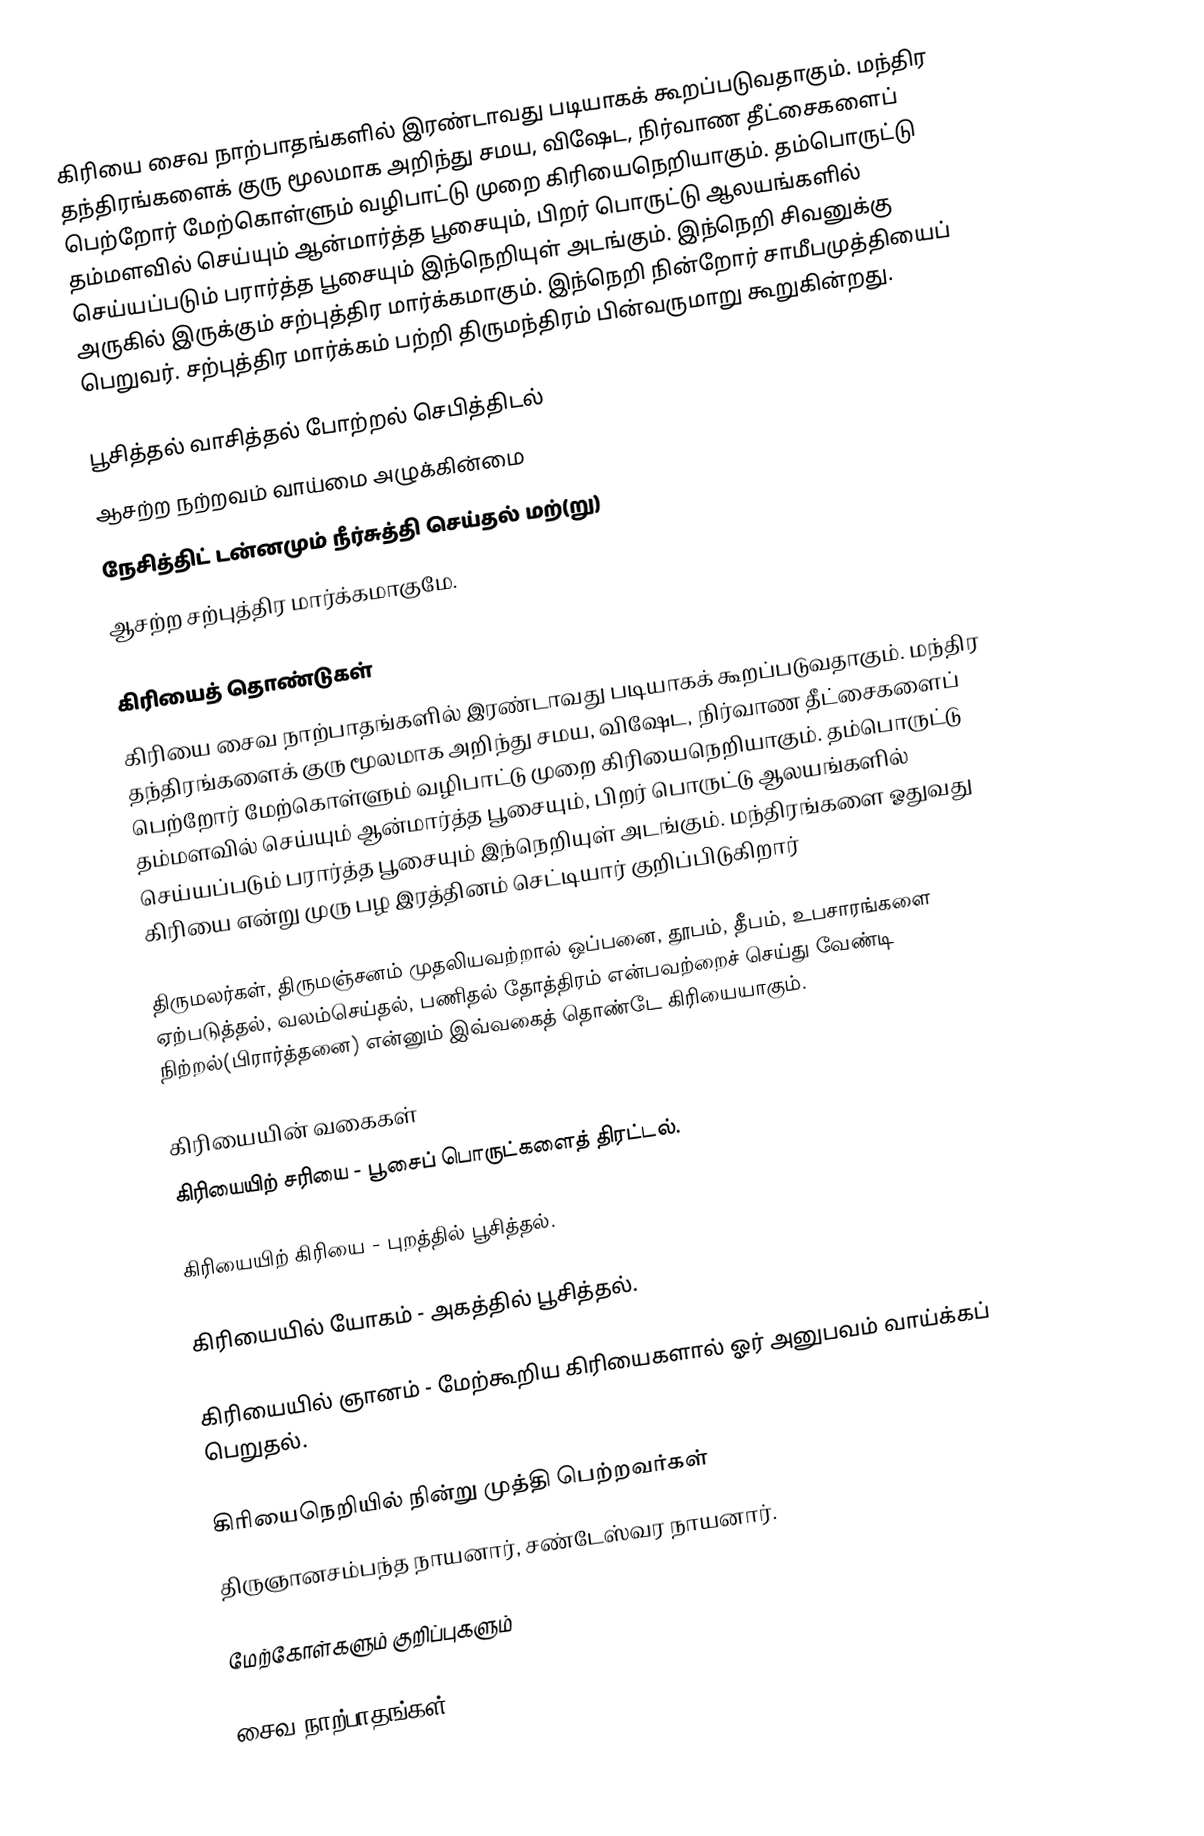
கிரியை சைவ நாற்பாதங்களில் இரண்டாவது படியாகக் கூறப்படுவதாகும். மந்திர தந்திரங்களைக் குரு மூலமாக அறிந்து சமய, விஷேட, நிர்வாண தீட்சைகளைப் பெற்றோர் மேற்கொள்ளும் வழிபாட்டு முறை கிரியைநெறியாகும். தம்பொருட்டு தம்மளவில் செய்யும் ஆன்மார்த்த பூசையும், பிறர் பொருட்டு ஆலயங்களில் செய்யப்படும் பரார்த்த பூசையும் இந்நெறியுள் அடங்கும். இந்நெறி சிவனுக்கு அருகில் இருக்கும் சற்புத்திர மார்க்கமாகும். இந்நெறி நின்றோர் சாமீபமுத்தியைப் பெறுவர். சற்புத்திர மார்க்கம் பற்றி திருமந்திரம் பின்வருமாறு கூறுகின்றது.

 பூசித்தல் வாசித்தல் போற்றல் செபித்திடல்
 ஆசற்ற நற்றவம் வாய்மை அழுக்கின்மை
 நேசித்திட் டன்னமும் நீர்சுத்தி செய்தல் மற்(று)
 ஆசற்ற சற்புத்திர மார்க்கமாகுமே.

கிரியைத் தொண்டுகள்
கிரியை சைவ நாற்பாதங்களில் இரண்டாவது படியாகக் கூறப்படுவதாகும். மந்திர தந்திரங்களைக் குரு மூலமாக அறிந்து சமய, விஷேட, நிர்வாண தீட்சைகளைப் பெற்றோர் மேற்கொள்ளும் வழிபாட்டு முறை கிரியைநெறியாகும். தம்பொருட்டு தம்மளவில் செய்யும் ஆன்மார்த்த பூசையும், பிறர் பொருட்டு ஆலயங்களில் செய்யப்படும் பரார்த்த பூசையும் இந்நெறியுள் அடங்கும். மந்திரங்களை ஓதுவது கிரியை என்று முரு பழ இரத்தினம் செட்டியார் குறிப்பிடுகிறார்

திருமலர்கள், திருமஞ்சனம் முதலியவற்றால் ஒப்பனை, தூபம், தீபம், உபசாரங்களை ஏற்படுத்தல், வலம்செய்தல், பணிதல் தோத்திரம் என்பவற்றைச் செய்து வேண்டி நிற்றல்(பிரார்த்தனை) என்னும் இவ்வகைத் தொண்டே கிரியையாகும்.

கிரியையின் வகைகள்
 கிரியையிற் சரியை - பூசைப் பொருட்களைத் திரட்டல்.

 கிரியையிற் கிரியை - புறத்தில் பூசித்தல்.

 கிரியையில் யோகம் - அகத்தில் பூசித்தல்.

 கிரியையில் ஞானம் - மேற்கூறிய கிரியைகளால் ஓர் அனுபவம் வாய்க்கப் பெறுதல்.

கிரியைநெறியில் நின்று முத்தி பெற்றவர்கள்
திருஞானசம்பந்த நாயனார், சண்டேஸ்வர நாயனார்.

மேற்கோள்களும் குறிப்புகளும்

சைவ நாற்பாதங்கள்